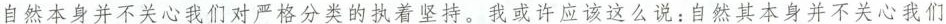
自然本身并不关心我们对严格分类的执着坚持。我或许应该这么说：自然其本身并不关心我们